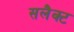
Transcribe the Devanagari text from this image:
सलैक्ट